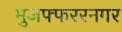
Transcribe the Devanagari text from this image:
मुजफ्फररनगर